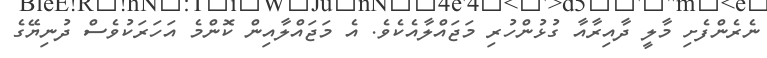
ނެރެންފެށި މާލީ ދާއިރާއާ ގުޅުންހުރި މަޖައްލާއެކެވެ. އެ މަޖައްލާއިން ކޮންމެ އަހަރަކުވެސް ދުނިޔޭގެ